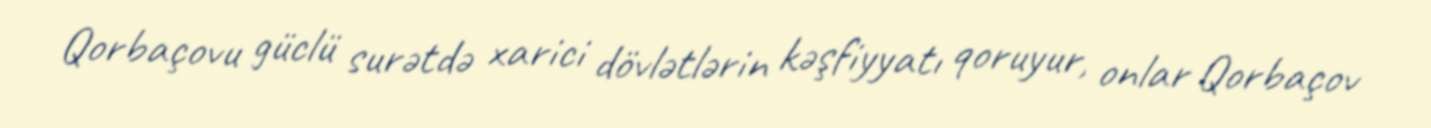
Qorbaçovu güclü surətdə xarici dövlətlərin kəşfiyyatı qoruyur, onlar Qorbaçov